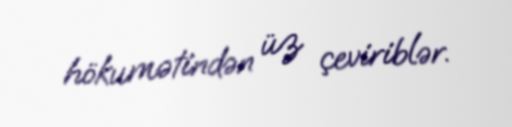
hökumətindən üz çeviriblər.